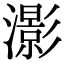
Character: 𤂖